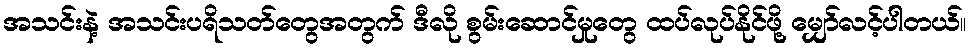
အသင်းနဲ့ အသင်းပရိသတ်တွေအတွက် ဒီလို စွမ်းဆောင်မှုတွေ ထပ်လုပ်နိုင်ဖို့ မျှော်လင့်ပါတယ်။